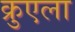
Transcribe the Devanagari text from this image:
क्रुएला